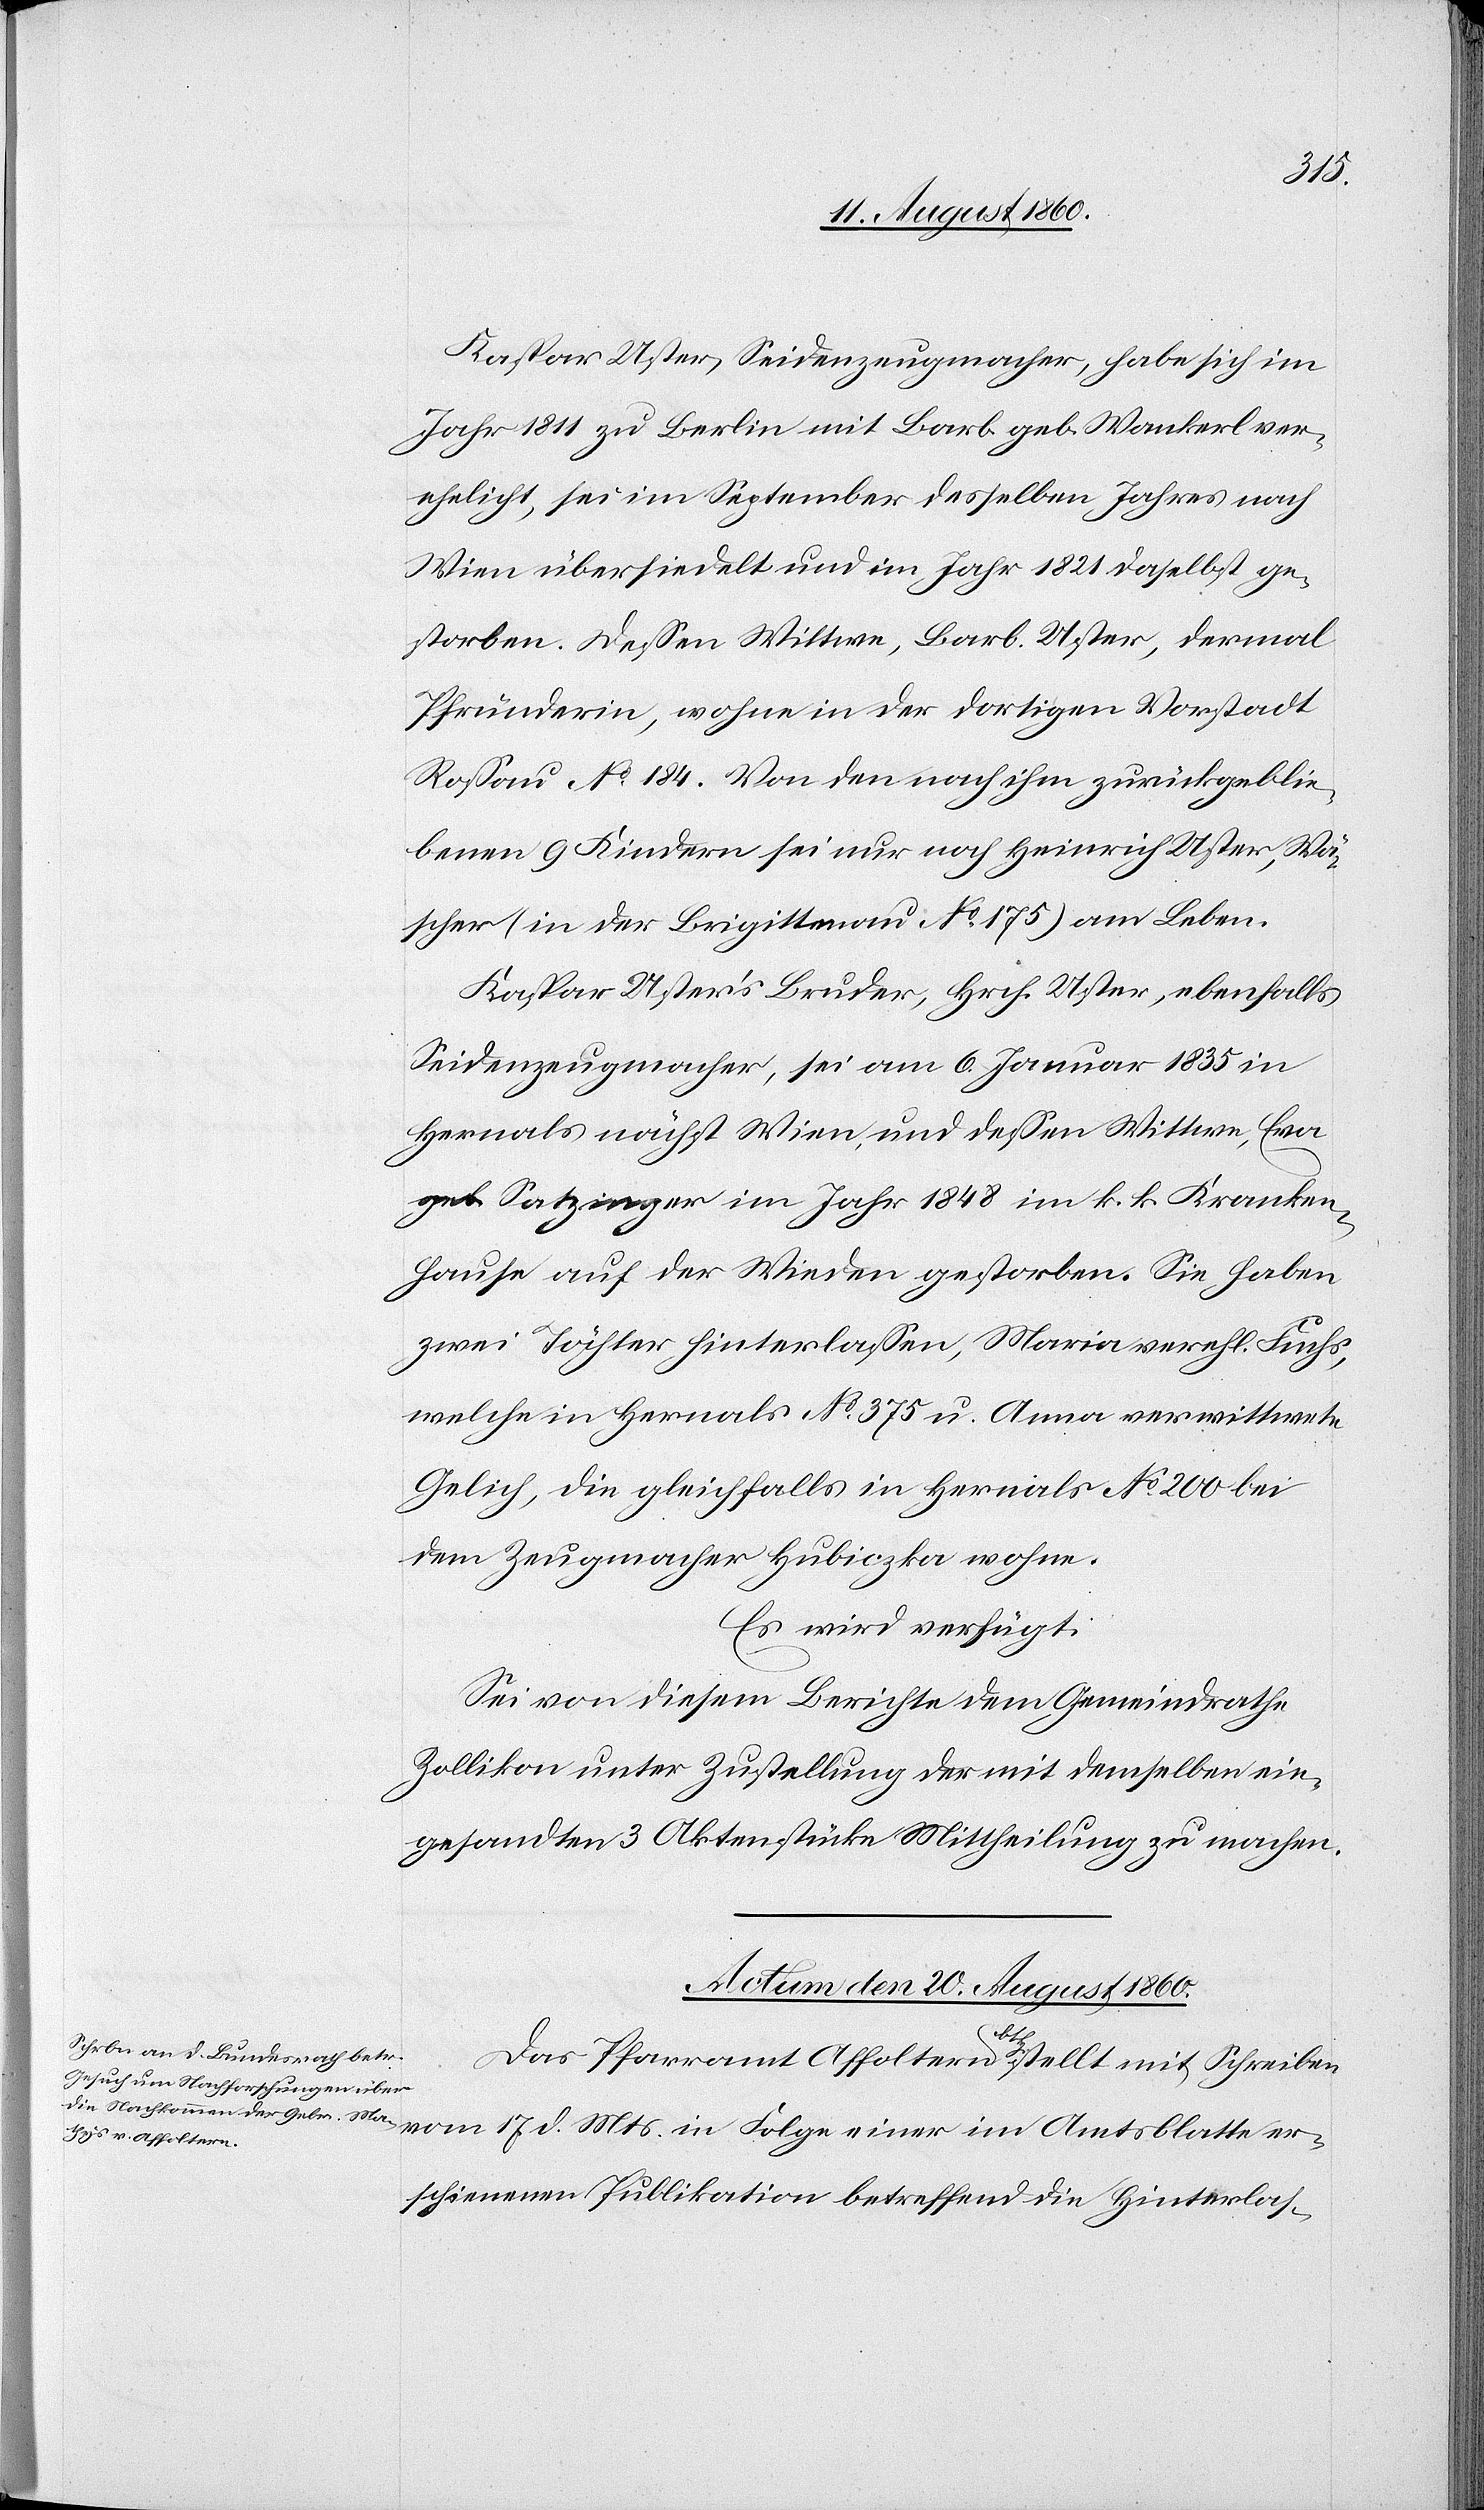
Kaspar Uster, Seidenzeugmacher, habe sich im
Jahr 1811 zu Berlin mit Barb. geb. Wankerl ver¬
ehelicht, sei im September desselben Jahres nach
Wien übersiedelt und im Jahr 1821 daselbst ge¬
storben. Dessen Wittwe, Barb. Uster, demal
Pfründerin, wohne in der dortigen Vorstadt
Rossau No 184. Von den nach ihm zurückgeblie¬
benen 9 Kindern sei nur noch Heinrich Uster, Wä¬
scher (in der Brigittenau No 175) am Leben.
Kaspar Usters Bruder, Hrch. Uster, ebenfalls
Seidenzeugmacher, sei am 6. Januar 1835 in
Hernals, nächst Wien, und dessen Wittwe, Eva
geb. Satzinger, im Jahr 1848 im k. k. Kranken¬
haus auf der Wieden gestorben. Sie haben
2 Töchter hinterlassen, Maria verehel. Fuchs,
welche in Hernals No 375 und Anna verwittw.
Gleich, die gleichfalls in Hernals, Mo 200 bei
dem Zugmacher Hubiczka wohne.
Es wird verfügt:
Sei von diesem Berichte dem Gemeindrathe
Zollikon unter Zustellung der mit demselben ein¬
gesandten 3 Aktenstücke Mittheilung zu machen.
Actum den 20. August 1860.
Das Pfarramt Affoltern b/Hg. stellt mit Schreiben
vom 17. d. Mts. in Folge einer im Amtsblatt er¬
schienenen Publikation betreffend die Hinterlas-